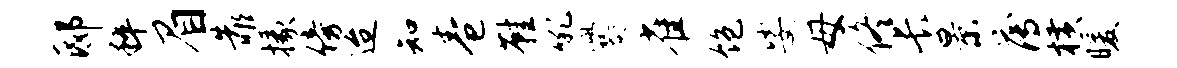
邸粹眉靠掾傍迨知卷鞋吼爨雀饱娑母佟长景薄横暖